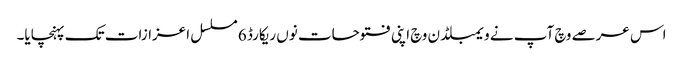
اس عرصے وچ آپ نے ویمبلڈن وچ اپنی فتوحات نو‏‏ں ریکارڈ 6 مسلسل اعزازات تک پہنچایا۔